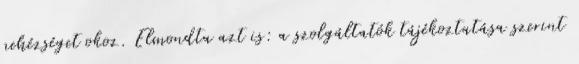
nehézséget okoz. Elmondta azt is: a szolgáltatók tájékoztatása szerint